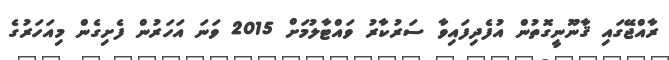
ރާއްޖޭގައި ޤާނޫނީގޮތުން އުފެދިފައިވާ ސަރުކާރު ވައްޓާލުމަށް 2015 ވަނަ އަހަރުން ފެށިގެން މިއަހަރުގެ